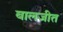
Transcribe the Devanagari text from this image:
बालजीत